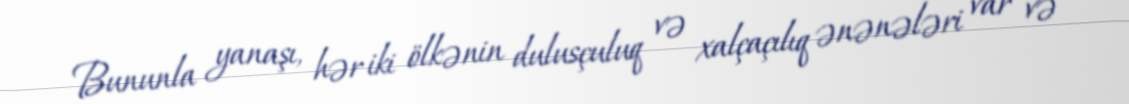
Bununla yanaşı, hər iki ölkənin dulusçuluq və xalçaçılıq ənənələri var və